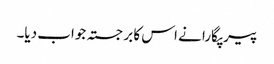
پیر پگارا نے اس کا برجستہ جواب دیا۔